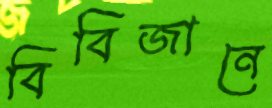
বিবিজানে